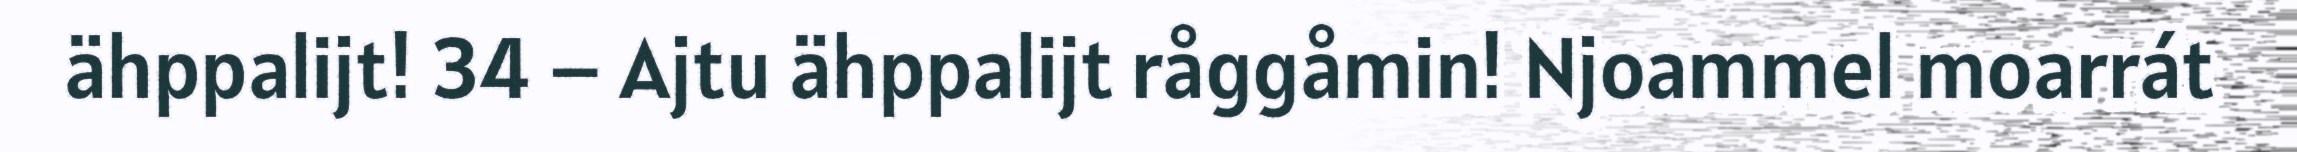
ähppalijt! 34 – Ajtu ähppalijt råggåmin! Njoammel moarrát